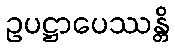
ဥပဋ္ဌာပေဿန္တိ